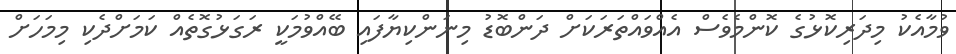
ވުމާއެކު މިދަރިކޮޅުގެ ކޮންމެވެސް އެއްވައްތަރަކަށް ދަންބޮޑު މިނަންކިޔާފައި ބޭއްވުމަކީ ރަގަޅުގޮތެއް ކަމަށްދެކި މިމަހަށް